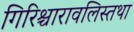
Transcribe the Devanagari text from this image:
गिरिश्चारावलिस्तथा